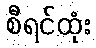
စီရင်ထုံး